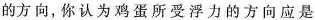
的方向，你认为鸡蛋所受浮力的方向应是